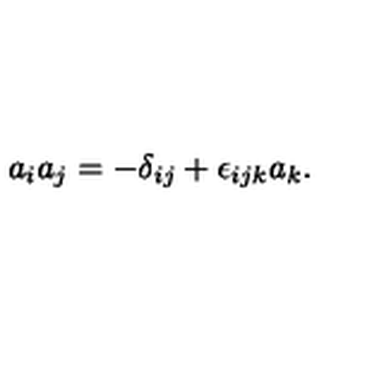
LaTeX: a _ { i } a _ { j } = - \delta _ { i j } + \epsilon _ { i j k } a _ { k } .